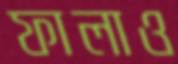
ফালাও